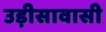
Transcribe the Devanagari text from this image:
उड़ीसावासी